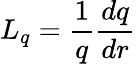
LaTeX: L_{q}=\frac{1}{q}\frac{dq}{dr}